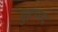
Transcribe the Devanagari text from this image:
मुहंम्मद